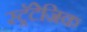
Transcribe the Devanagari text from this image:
स्ट्रॅटेजिक